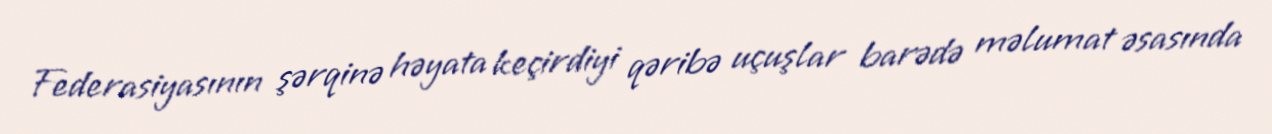
Federasiyasının şərqinə həyata keçirdiyi qəribə uçuşlar barədə məlumat əsasında